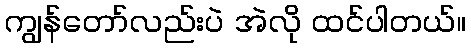
ကျွန်တော်လည်းပဲ အဲလို ထင်ပါတယ်။